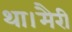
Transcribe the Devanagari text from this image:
था।मैरी